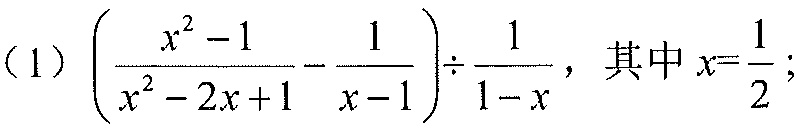
(1) \(\left(\dfrac{x^{2}-1}{x^{2}-2x + 1}-\dfrac{1}{x - 1}\right)\div\dfrac{1}{1 - x}\)，其中\(x = \dfrac{1}{2}\)；